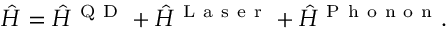
\hat { H } = \hat { H } ^ { \mathrm { ~ Q ~ D ~ } } + \hat { H } ^ { \mathrm { ~ L ~ a ~ s ~ e ~ r ~ } } + \hat { H } ^ { \mathrm { ~ P ~ h ~ o ~ n ~ o ~ n ~ } } .